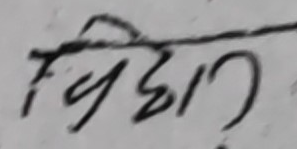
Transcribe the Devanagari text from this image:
विद्यार्थी